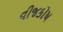
વીજકોષ